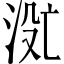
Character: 𬇮